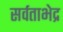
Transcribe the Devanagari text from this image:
सर्वताभेद्र